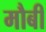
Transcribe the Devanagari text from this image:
मौबी